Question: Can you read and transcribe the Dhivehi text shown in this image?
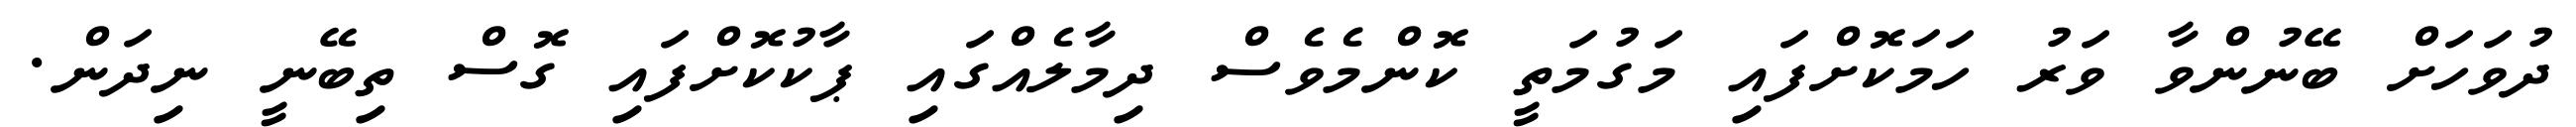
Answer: ދުވަހަށް ބޭނުންވާ ވަރު ހަމަކޮށްފައި މަގުމަތީ ކޮންމެވެސް ދިމާލެއްގައި ޕާކުކޮށްފައި ގޮސް ތިބޭނީ ނިދަން.